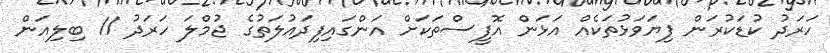
ހަރަދު ކުޑަކުރަން ފިޔަވަޅުތަކެއް އަޅަން އޮފީސްތަކަށް އަންގައިފިދައުލަތުގެ ޖުމްލަ ހަރަދު 11 ބިލިއަން